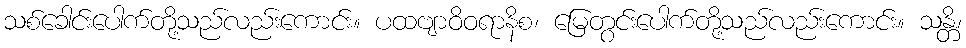
သစ်ခေါင်းပေါက်တို့သည်လည်းကောင်း။ ပထဗျာဝိဝရာနိစ၊ မြေတွင်းပေါက်တို့သည်လည်းကောင်း။ သန္တိ၊